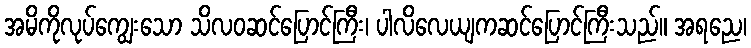
အမိကိုလုပ်ကျွေးသော သိလဝဆင်ပြောင်ကြီး၊ ပါလိလေယျကဆင်ပြောင်ကြီးသည်။ အရညေ၊